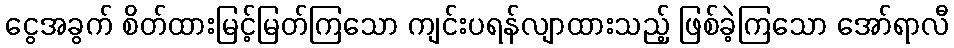
ငွေအခွက် စိတ်ထားမြင့်မြတ်ကြသော ကျင်းပရန်လျာထားသည့် ဖြစ်ခဲ့ကြသော အော်ရာလီ